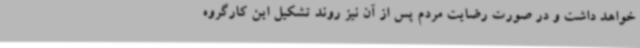
خواهد داشت و در صورت رضایت مردم پس از آن نیز روند تشکیل این کارگروه